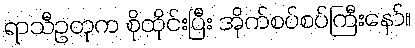
ရာသီဥတုက စိုထိုင်းပြီး အိုက်စပ်စပ်ကြီးနော်။